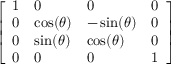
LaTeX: \left[ \begin{array} { l l l l } { 1 } & { 0 } & { 0 } & { 0 } \\ { 0 } & { \cos ( \theta ) } & { - \sin ( \theta ) } & { 0 } \\ { 0 } & { \sin ( \theta ) } & { \cos ( \theta ) } & { 0 } \\ { 0 } & { 0 } & { 0 } & { 1 } \end{array} \right]